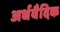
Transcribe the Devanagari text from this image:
अर्धवैदिक